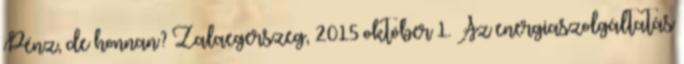
Pénz, de honnan? Zalaegerszeg, 2015 október 1. Az energiaszolgáltatás